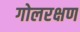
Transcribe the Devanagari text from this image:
गोलरक्षण